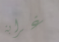
غرابة